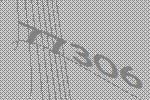
77306